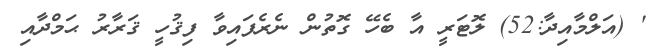
' (އަލްމާއިދާ:52) ލޮޓަރީ އާ ބެހޭ ގޮތުން ނެރެފައިވާ ފިޤުހީ ޤަރާރު ޙަމްދާއި